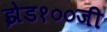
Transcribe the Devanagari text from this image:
झेड१००जी